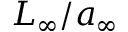
L _ { \infty } / a _ { \infty }